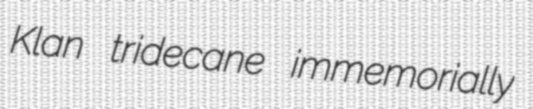
Klan tridecane immemorially